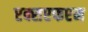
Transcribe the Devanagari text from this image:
एक्सएफएम